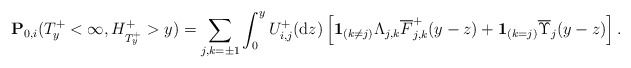
\begin{align*}\mathbf{P}_{0,i}(T_{y}^+ <\infty,H^+_{T_y^+}>y)=\sum_{ j,k =\pm1}\int_{0}^{y}U^+_{i,j}({\rm d}z)\left[\mathbf{1}_{(k\neq j)}\Lambda_{j,k}\overline{F}^+_{j,k}(y-z)+\mathbf{1}_{(k=j)}\overline{\Upsilon}_{j}(y-z)\right].\end{align*}